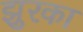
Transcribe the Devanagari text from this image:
झुरका